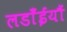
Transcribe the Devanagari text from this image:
लडाँईयौं